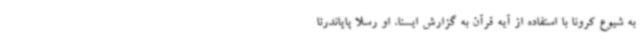
به شیوع کرونا با استفاده از آیه قرآن به گزارش ایسنا، او رسلا پاپاندرئا